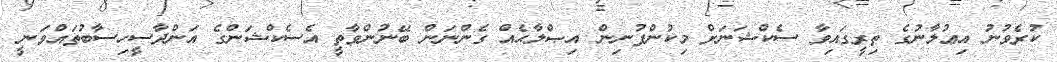
ކުރެވުނު އިޢުލާނުގެ ތިރީގައިވާ ސެކްޝަނަށް މިކުންފުނިން އިޞްލާޙެއް ގެންނަން ބޭނުންވާތީ އެސެކްޝަންގެ އަންދާސީހިސާބުތައްވަނީ